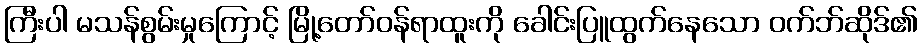
ကြီးပါ မသန်စွမ်းမှုကြောင့် မြို့တော်ဝန်ရာထူးကို ခေါင်းပြူထွက်နေသော ဝက်ဘ်ဆိုဒ်၏